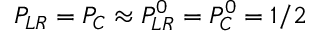
P _ { L R } = P _ { C } \approx P _ { L R } ^ { 0 } = P _ { C } ^ { 0 } = 1 / 2